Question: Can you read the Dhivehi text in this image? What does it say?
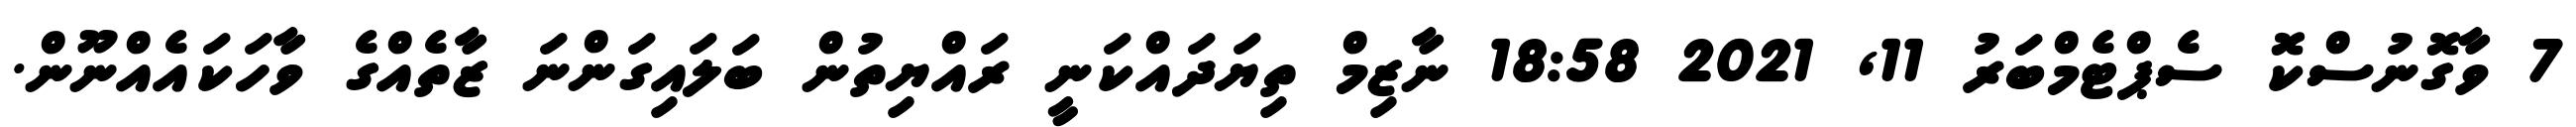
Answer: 7 ވާގޮނުސްކޮ ސެޕްޓެމްބަރު 11, 2021 18:58 ނާޒިމް ތިޔަދައްކަނީ ރައްޔިތުން ބަލައިގަންނަ ޒާތެއްގެ ވާހަކައެއްނޫން.